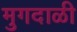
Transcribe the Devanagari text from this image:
मुगदाळी